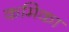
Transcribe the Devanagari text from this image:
कमिका